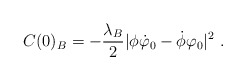
\begin{align*}C(0)_B=-\frac{\lambda_B}{2}|\phi\dot\varphi_0-\dot\phi\varphi_0|^2\ .\end{align*}